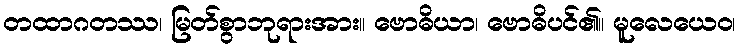
တထာဂတဿ၊ မြတ်စွာဘုရားအား။ ဗောဓိယာ၊ ဗောဓိပင်၏။ မူလေယေဝ၊